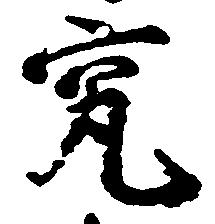
究